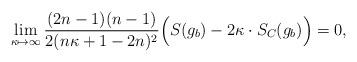
LaTeX: \begin{align*}\lim_{\kappa\mapsto\infty}\frac{(2n-1)(n-1)}{2(n\kappa+1-2n)^2}\Big(S(g_b)-2\kappa \cdot S_C(g_b)\Big)=0,\end{align*}